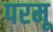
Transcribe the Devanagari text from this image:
परमू